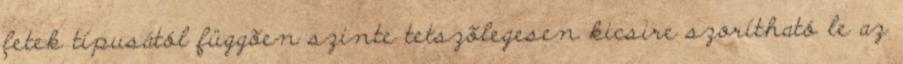
fetek típusától függõen szinte tetszõlegesen kicsire szorítható le az